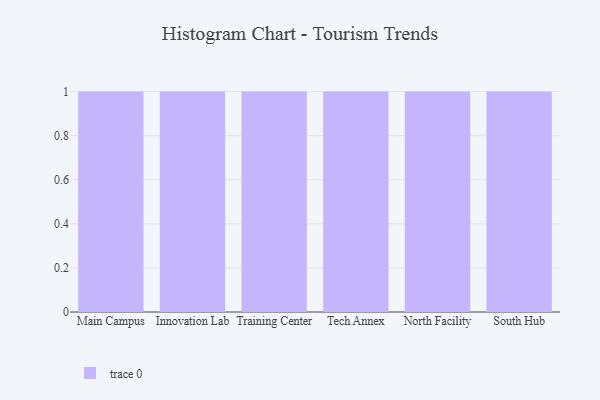
{"axis": {"x": "Campus", "y": "Shipments"}, "legend": [""], "data": [{"x": "Main Campus", "y": 91, "type": ""}, {"x": "Innovation Lab", "y": 64, "type": ""}, {"x": "Training Center", "y": 36, "type": ""}, {"x": "Tech Annex", "y": 82, "type": ""}, {"x": "North Facility", "y": 69, "type": ""}, {"x": "South Hub", "y": 38, "type": ""}]}